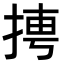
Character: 𭡌